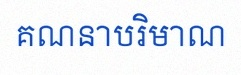
គណនាបរិមាណ